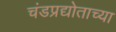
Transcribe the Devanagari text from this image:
चंडप्रद्योताच्या